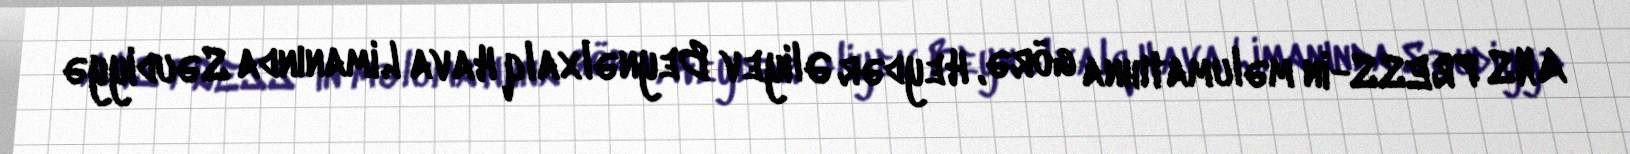
ANS PRESS-in məlumatıhna görə, Heydər Əliyev Beynəlxalq Hava Limanında Səudiyyə